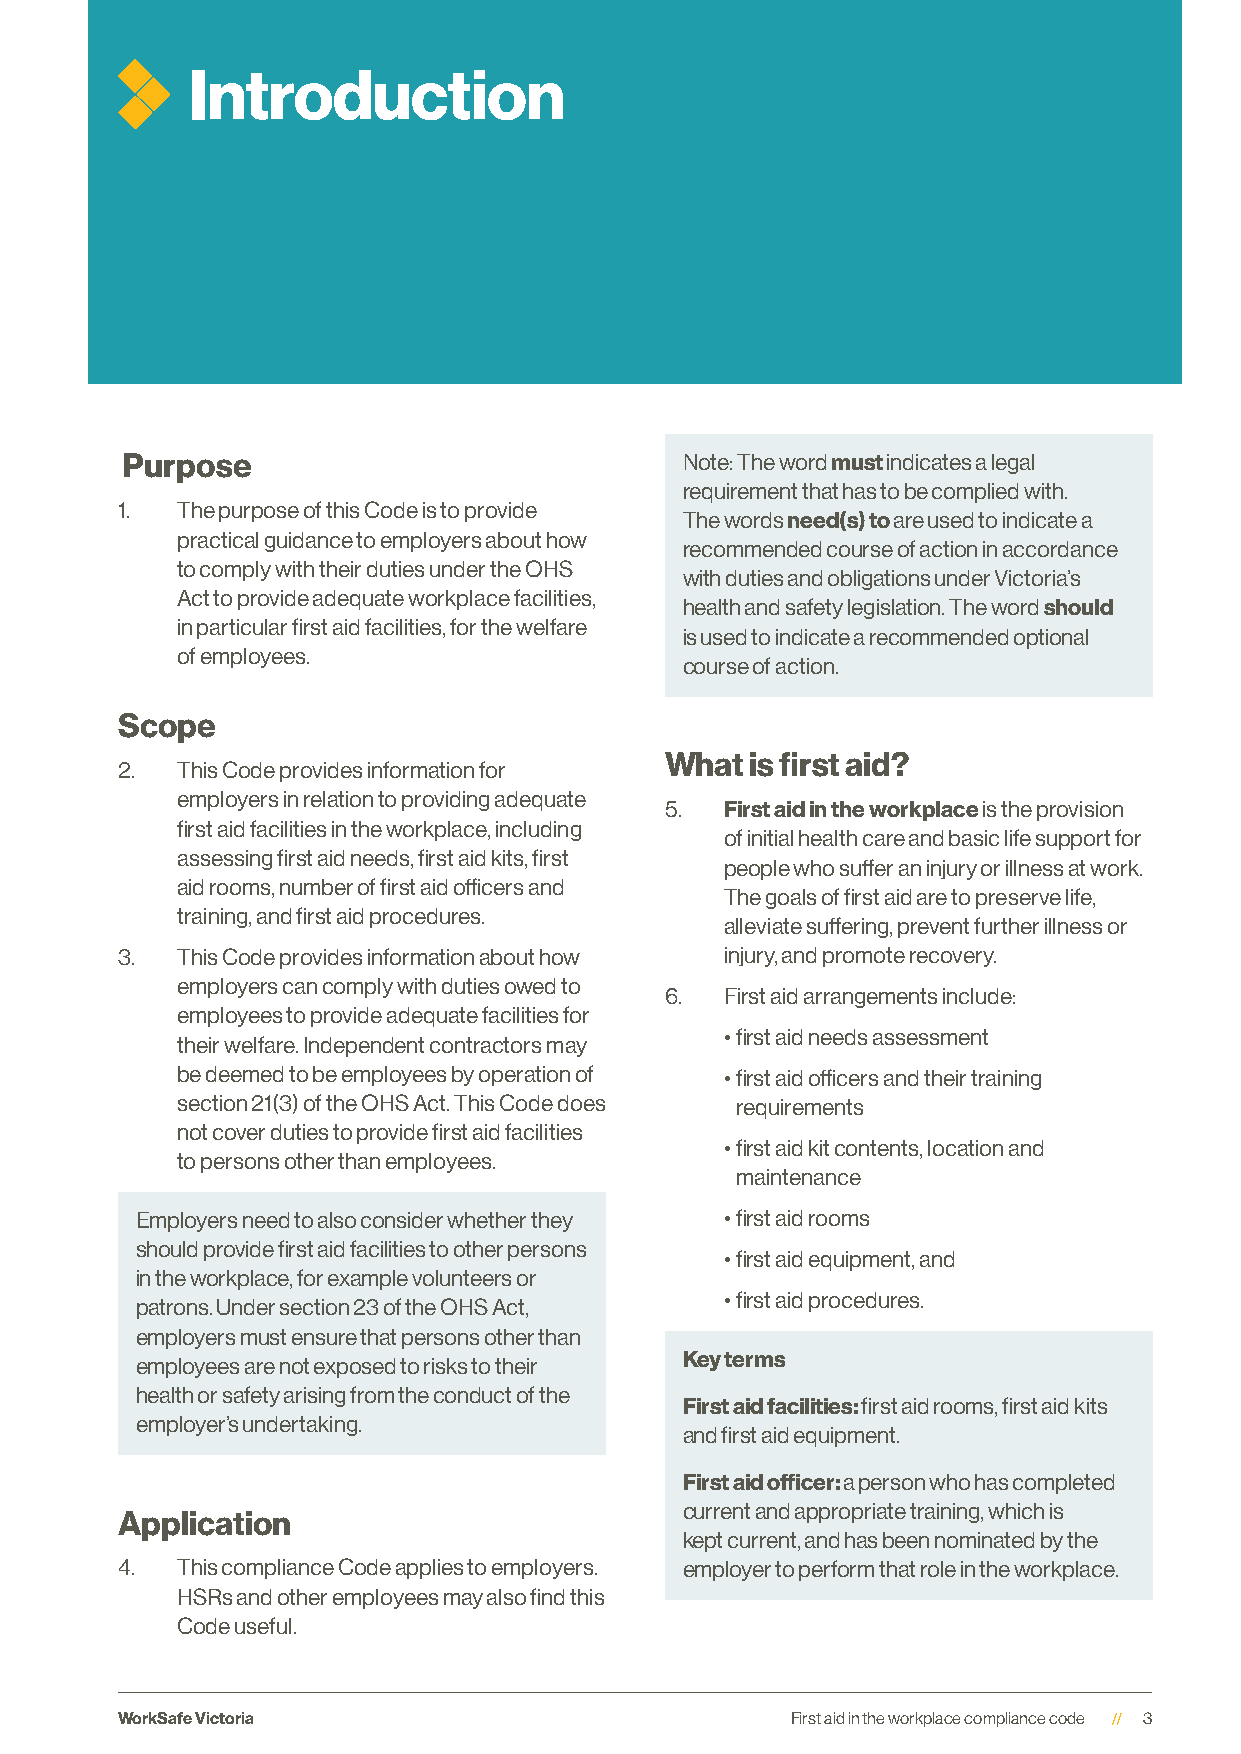
Introduction
 Purpose                              Note: The word must indicates a legal
 requirement that has to be complied with.
 1.  The purpose of this Code is to provide
 The words need(s) to are used to indicate a
 practical guidance to employers about how
 recommended course of action in accordance
 to comply with their duties under the OHS
 with duties and obligations under Victoria’s
 Act to provide adequate workplace facilities,
 health and safety legislation. The word should
 in particular first aid facilities, for the welfare
 is used to indicate a recommended optional
 of employees.
 course of action.
 Scope
 What  is first aid?
 2.  This Code provides information for
 employers in relation to providing adequate
 5.  First aid in the workplace is the provision
 first aid facilities in the workplace, including
 of initial health care and basic life support for
 assessing first aid needs, first aid kits, first
 people who suffer an injury or illness at work.
 aid rooms, number of first aid officers and
 The goals of first aid are to preserve life,
 training, and first aid procedures.
 alleviate suffering, prevent further illness or
 3.  This Code provides information about how injury, and promote recovery.
 employers can comply with duties owed to
 6.  First aid arrangements include:
 employees to provide adequate facilities for
 • first aid needs assessment
 their welfare. Independent contractors may
 be deemed to be employees by operation of • first aid officers and their training
 section 21(3) of the OHS Act. This Code does requirements
 not cover duties to provide first aid facilities
 • first aid kit contents, location and
 to persons other than employees.
 maintenance
 Employers need to also consider whether they • first aid rooms
 should provide first aid facilities to other persons
 • first aid equipment, and
 in the workplace, for example volunteers or
 • first aid procedures.
 patrons. Under section 23 of the OHS Act,
 employers must ensure that persons other than
 employees are not exposed to risks to their Key terms
 health or safety arising from the conduct of the
 First aid facilities: first aid rooms, first aid kits
 employer’s undertaking.
 and first aid equipment.
 First aid officer: a person who has completed
 current and appropriate training, which is
 Application
 kept current, and has been nominated by the
 4.  This compliance Code applies to employers. employer to perform that role in the workplace.
 HSRs and other employees may also find this
 Code useful.
 WorkSafe Victoria                           First aid in the workplace compliance code 3